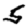
Digit: 5